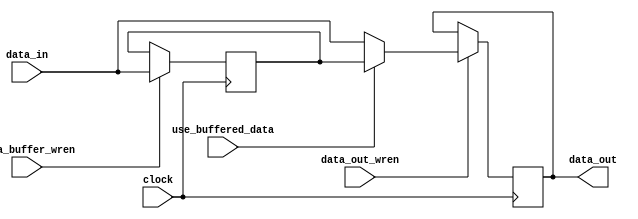
module skid_buffer_datapath
#(
    parameter WORD_WIDTH = 0
)
(
    input   wire                        clock,

    // Data
    input   wire    [WORD_WIDTH-1:0]    data_in,
    output  reg     [WORD_WIDTH-1:0]    data_out,

    // Control
    input   wire                        data_out_wren,
    input   wire                        data_buffer_wren,
    input   wire                        use_buffered_data    
);

// --------------------------------------------------------------------------

    localparam WORD_ZERO = {WORD_WIDTH{1'b0}};

    initial begin
        data_out = WORD_ZERO;
    end

// --------------------------------------------------------------------------
// Set-up the default values to match the "empty" state of the skid buffer, so
// the first data_in to arrive ends up in the data_out by default.  We don't
// have to worry about state, just pass the data through unless told
// otherwise.

    reg [WORD_WIDTH-1:0] data_buffer    = WORD_ZERO;
    reg [WORD_WIDTH-1:0] selected_data  = WORD_ZERO;

    always @(*) begin
        selected_data = (use_buffered_data == 1'b1) ? data_buffer : data_in;
    end

    always @(posedge clock) begin
        data_buffer <= (data_buffer_wren == 1'b1) ? data_in       : data_buffer;
        data_out    <= (data_out_wren    == 1'b1) ? selected_data : data_out;
    end

endmodule